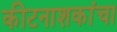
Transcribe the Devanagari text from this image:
कीटनाशकांचा